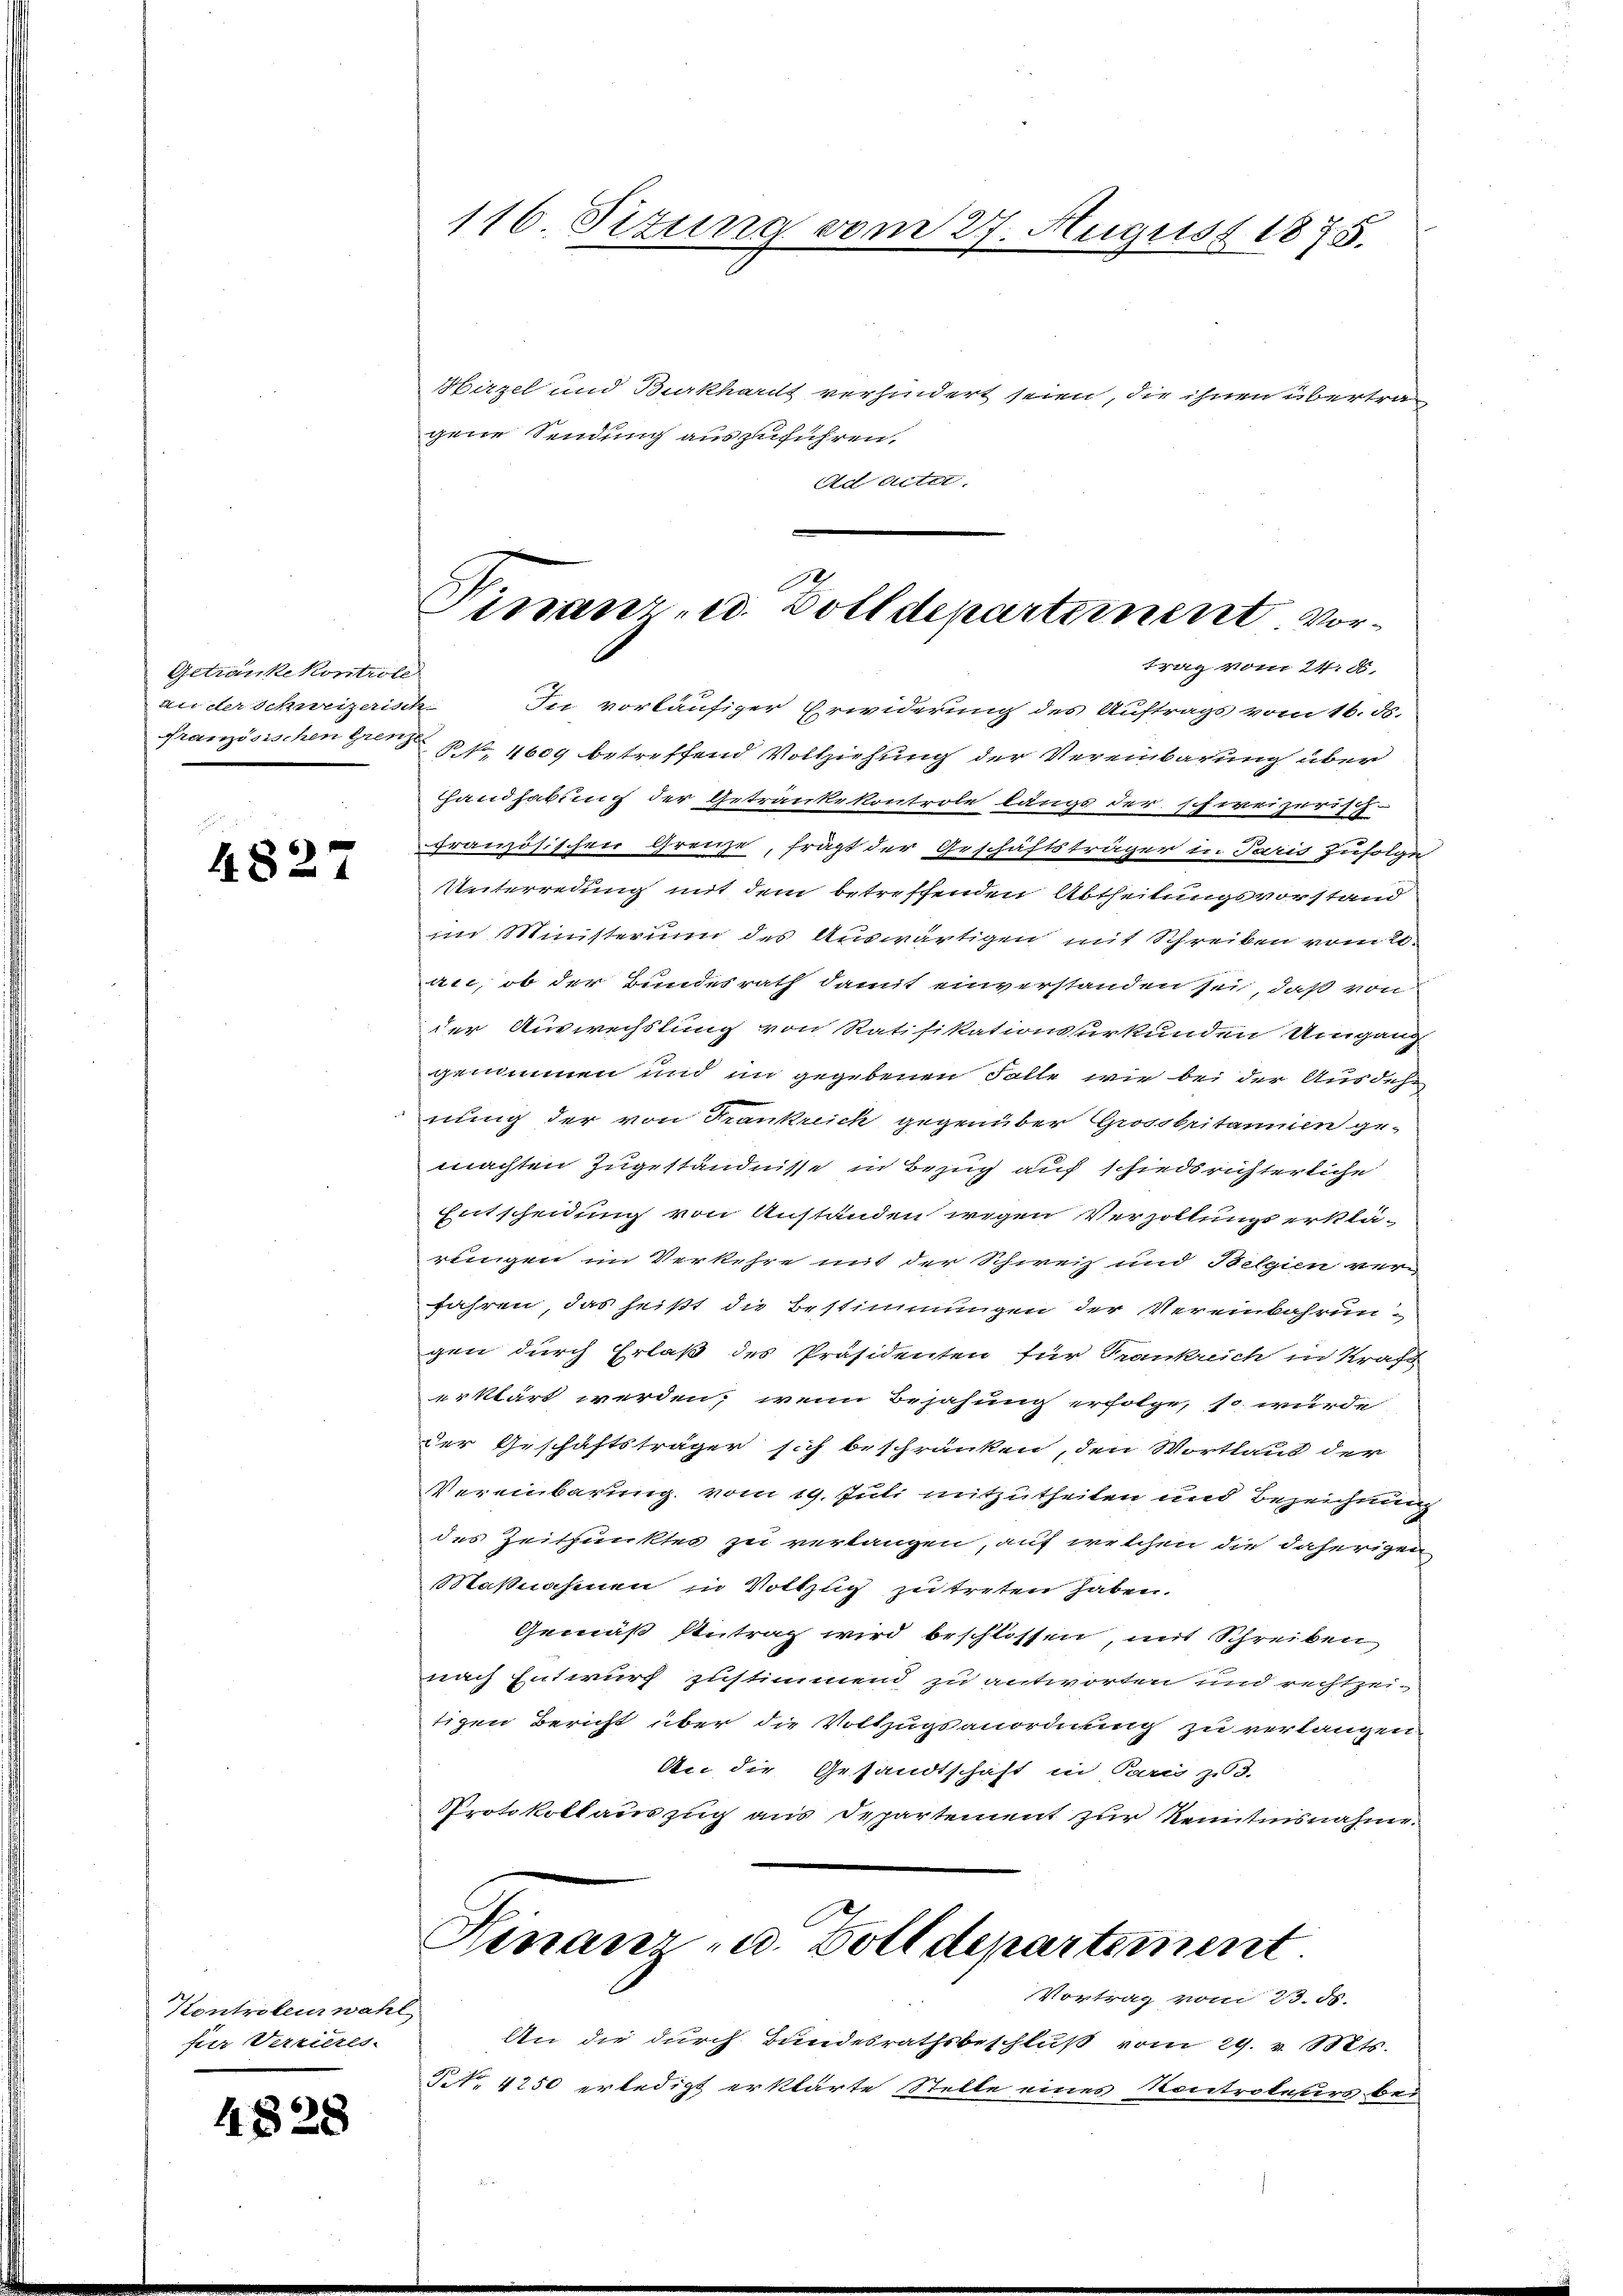
Getranke kontrole
an der Schweizeris
französischen Grenz

4827

Hirzel und Burkhardt verhindert seien, die ihnen übertragene Sendung auszuführen.
Ad acter

Kontroleur wähl
für Verrieres

4828

116. Situng vom 27. August 1875.

d
Finanz- u. Zolldepartement vortrag vom 24. d.

f
In vorläufiger Erwiderung des Auftrags vom 16. ds.
NNo. 1609 betreffend Vollziehung der Vereinbarung über
handhabung der Getränkekontrole längs der schweizerisch-
Französischen Grenze, frägt der Geschäftsträger u. Paris zufolge
Unterredung mit dem betreffenden Abtheilungsvorstand
im Ministerum des Auswärtigen mit Schreiben vom 20.
ace, ob der Bundesrath damit einverstanden sei, daß von
der Auswechslung von Ratifikationssurkunden Umgang
genommen und in gegebenen Falle wie bei der Ausdehn
nung der von Frankreich gegenüber Grossbritanien ge-
machten Zugeständnisse in Bezug auf schiedsrichterliche
Entscheidung von Anständen wegen Verzoltungserklä-
reigen im Verkehre mit der Schweiz und Belgien ver-
fahren, das heißt die Bestimmungen der Vereinbahrun-
gen durch Erlaß des Präsidenten für Trankrich in Kraft
erklärt werden, wenn Bejahung erfolge, so wurde
der Geschäftsträger sich beschränken, den Wortlaut der
Vereinbarung vom 19. Juli mitzutheilen und Bezeichnung
des Zeitpunktes zu verlangen, auf welchen die daherigen
Maßnahmen in Vollzug zu treten haben.
Gemäß Antrag wird beschlossen, mit Schreiben
nach Entwurf zustimmend zu antworten und rechtzei-
tigen Bericht über die Vollzugsanordnung zu verlangen
An die Gesandtschaft in Paris zu d.
Protokollauszug aus Departement zur Renntnisnahme.
Hinauer - u. Zolldepartiment
Vortrag vom 23. ds.
An die durch Bundesrathsbeschluß vom 29. v. Mts.
N. 4250 erledigt erklärte Stelle eines Kontroleurs bei